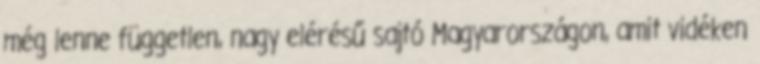
még lenne független, nagy elérésű sajtó Magyarországon, amit vidéken